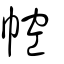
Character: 𢃐